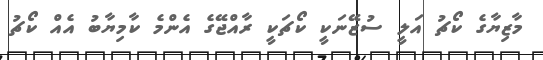
މާޒިޔާގެ ކޯޗު އަލީ ސުޒޭނަކީ ކޯޗަކީ ރާއްޖޭގެ އެންމެ ކާމިޔާބު އެއް ކޯޗު